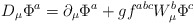
\begin{align*}D_{\mu} \Phi ^a = \partial _{\mu} \Phi ^a + g f ^{abc}W_{\mu} ^b \Phi ^c\end{align*}